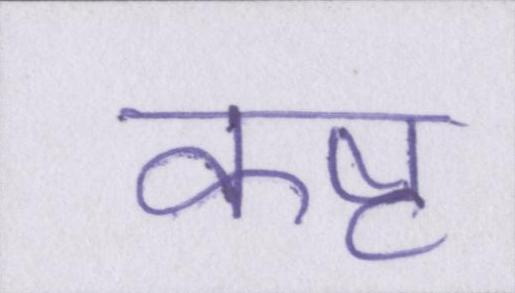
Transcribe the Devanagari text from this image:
कष्ट